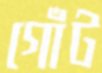
গোঁট